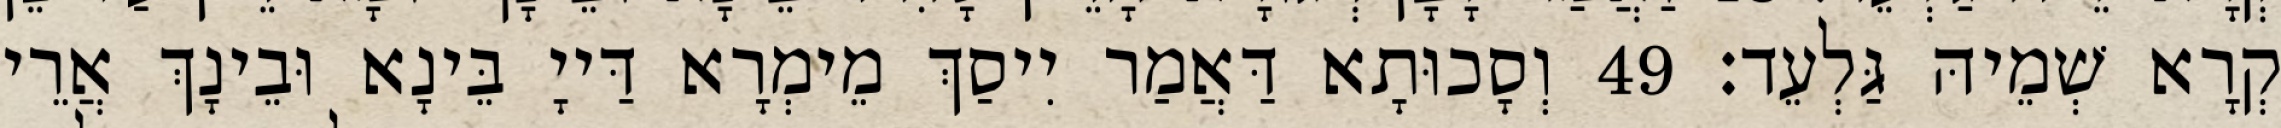
קְרָא שְׁמֵיהּ גַּלְעֵד׃ 49 וְסָכוּתָא דַּאֲמַר יִיסַךְ מֵימְרָא דַּייָ בֵּינָא וּבֵינָךְ אֲרֵי